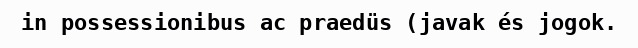
in possessionibus ac praedüs (javak és jogok.